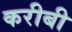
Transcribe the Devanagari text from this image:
करीबी